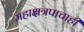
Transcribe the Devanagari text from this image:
महाक्षत्रपाचाही